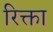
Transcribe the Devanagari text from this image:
रिक्ता